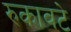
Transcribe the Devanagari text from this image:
रुकावटे